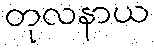
တုလနာယ